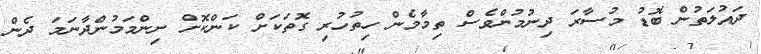
ދައުލަތުން ބޮޑު މުސާރަ ދިނުމުންވެސް ތިމާމެން ހިތުހުރި ގޮތަކަށް ކަންކޮށް ނިންމަމުންދާނަމަ ދެން